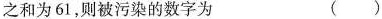
之和为61，则被污染的数字为 ( )